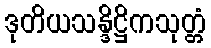
ဒုတိယသန္ဒိဋ္ဌိကသုတ္တံ